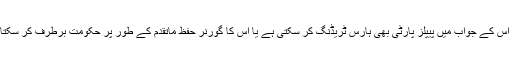
لیکن اس کے جواب میں پیپلز پارٹی بھی ہارس ٹریڈنگ کر سکتی ہے یا اس کا گورنر حفظ ماتقدم کے طور پر حکومت برطرف کر سکتا ہے۔